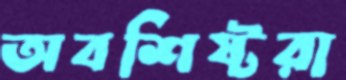
অবশিষ্টরা